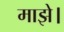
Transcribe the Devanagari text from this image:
माझे।